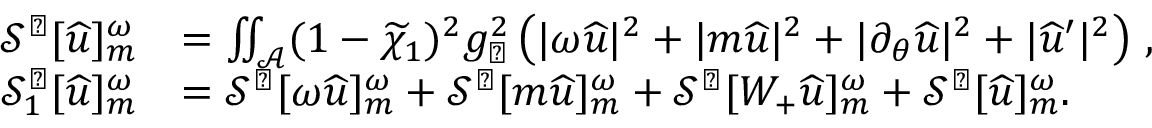
\begin{array} { r l } { \mathcal { S } ^ { \sharp } [ { \widehat { u } } ] _ { m } ^ { \omega } } & { = \iint _ { \mathcal { A } } ( 1 - \widetilde { \chi } _ { 1 } ) ^ { 2 } g _ { \sharp } ^ { 2 } \left( | \omega { \widehat { u } } | ^ { 2 } + | m { \widehat { u } } | ^ { 2 } + | \partial _ { \theta } { \widehat { u } } | ^ { 2 } + | \widehat { u } ^ { \prime } | ^ { 2 } \right) \, , } \\ { { \mathcal { S } _ { 1 } ^ { \sharp } } [ { \widehat { u } } ] _ { m } ^ { \omega } } & { = \mathcal { S } ^ { \sharp } [ \omega { \widehat { u } } ] _ { m } ^ { \omega } + \mathcal { S } ^ { \sharp } [ m { \widehat { u } } ] _ { m } ^ { \omega } + \mathcal { S } ^ { \sharp } [ W _ { + } { \widehat { u } } ] _ { m } ^ { \omega } + \mathcal { S } ^ { \sharp } [ { \widehat { u } } ] _ { m } ^ { \omega } . } \end{array}